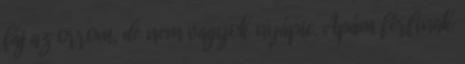
fáj az orrom, de nem vagyok nyápic. Apám férfinak